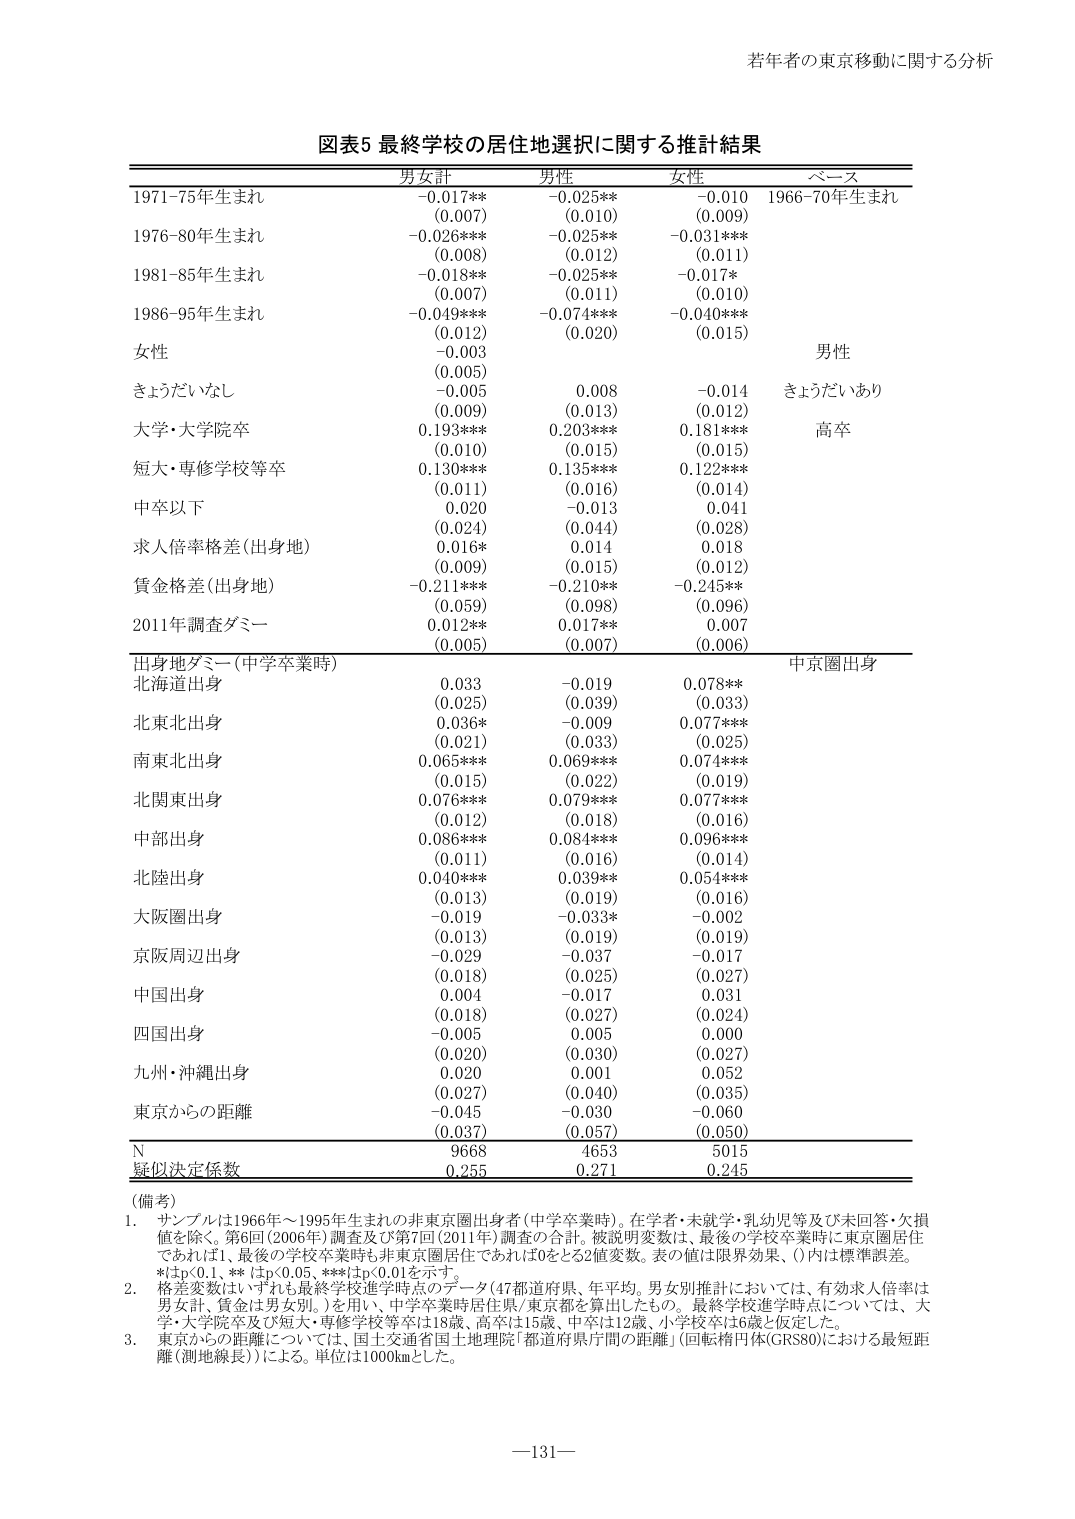
若年者の東京移動に関する分析

図表5 最終学校の居住地選択に関する推計結果

男女性 男性 女性 ベース
1971-75年生まれ -0.017** -0.025** -0.010 1966-70年生まれ
(0.007) (0.010) (0.009)
1976-80年生まれ -0.026*** -0.025** -0.031***
(0.008) (0.012) (0.011)
1981-85年生まれ -0.018** -0.025** -0.017*
(0.007) (0.011) (0.010)
1986-95年生まれ -0.049*** -0.074*** -0.040***
(0.012) (0.020) (0.015)
女性 -0.003 男性
(0.005)
きょうだいなし -0.005 0.008 -0.014 きょうだいあり
(0.009) (0.013) (0.012)
大学・大学院卒 0.193*** 0.203*** 0.181*** 高卒
(0.010) (0.015) (0.015)
短大・専修学校等卒 0.130*** 0.135*** 0.122***
(0.011) (0.016) (0.014)
中卒以下 0.020 -0.013 0.041
(0.024) (0.044) (0.028)
求人倍率格差(出身地) 0.016* 0.014 0.018
(0.009) (0.015) (0.012)
賃金格差(出身地) -0.211*** -0.210** -0.245**
(0.059) (0.098) (0.096)
2011年調査ダミー 0.012** 0.017** 0.007
(0.005) (0.007) (0.006)
出身地ダミー(中学卒業時) 中京圏出身
北海道出身 0.033 -0.019 0.078**
(0.025) (0.039) (0.033)
北東北出身 0.036* -0.009 0.077***
(0.021) (0.033) (0.025)
南東北出身 0.065*** 0.069*** 0.074***
(0.015) (0.022) (0.019)
北関東出身 0.076*** 0.079*** 0.077***
(0.012) (0.018) (0.016)
中部出身 0.086*** 0.084*** 0.096***
(0.011) (0.016) (0.014)
北陸出身 0.040*** 0.039** 0.054***
(0.013) (0.019) (0.016)
大阪圏出身 -0.019 -0.033* -0.002
(0.013) (0.019) (0.019)
京阪周辺出身 -0.029 -0.037 -0.017
(0.018) (0.025) (0.027)
中国出身 0.004 -0.017 0.031
(0.018) (0.027) (0.024)
四国出身 -0.005 0.005 0.000
(0.020) (0.030) (0.027)
九州・沖縄出身 0.020 0.001 0.052
(0.027) (0.040) (0.035)
東京からの距離 -0.045 -0.030 -0.060
(0.037) (0.057) (0.050)
N 9668 4653 5015
疑似決定係数 0.255 0.271 0.245

(備考)
1. サンプルは1966年～1995年生まれの非東京圏出身者(中学卒業時)。在学者・未就学・乳幼児等及び未回答・欠損値を除く。第6回(2006年)調査及び第7回(2011年)調査の合計。被説明変数は、最後の学校卒業時に東京圏居住であれば1、最後の学校卒業時も非東京圏居住であれば0をとる2値変数。表の値は限界効果、()内は標準誤差。
*はp<0.1、**はp<0.05、***はp<0.01を示す。
2. 格差変数はいずれも最終学校進学時点のデータ(47都道府県、年平均。男女別推計においては、有効求人倍率は男女計、賃金は男女別。)を用い、中学卒業時居住県/東京都を算出したもの。最終学校進学時点については、大学・大学院卒及び短大・専修学校等卒は18歳、高卒は15歳、中卒は12歳、小学校卒は6歳と仮定した。
3. 東京からの距離については、国土交通省国土地理院「都道府県庁間の距離」(国転格円体GRS80)における最短距離(測地線長))による。単位は1000kmとした。

—131—